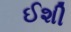
ઈશી